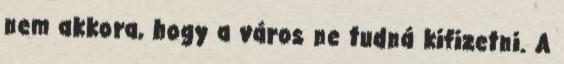
nem akkora, hogy a város ne tudná kifizetni. A